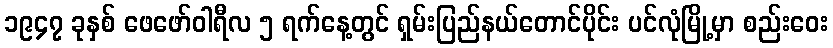
၁၉၄၇ ခုနှစ် ဖေဖော်ဝါရီလ ၅ ရက်နေ့တွင် ရှမ်းပြည်နယ်တောင်ပိုင်း ပင်လုံမြို့မှာ စည်းဝေး